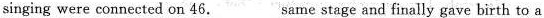
singing were connected on 46. ___ Same stage and finally gave birth to a